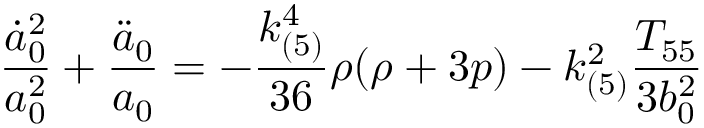
\frac { \dot { a } _ { 0 } ^ { 2 } } { a _ { 0 } ^ { 2 } } + \frac { \ddot { a } _ { 0 } } { a _ { 0 } } = - \frac { k _ { ( 5 ) } ^ { 4 } } { 3 6 } \rho ( \rho + 3 p ) - k _ { ( 5 ) } ^ { 2 } \frac { T _ { 5 5 } } { 3 b _ { 0 } ^ { 2 } }